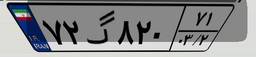
۷۲گ۸۲۰۷۱